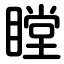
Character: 瞠